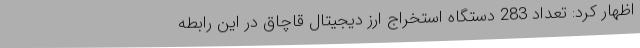
اظهار کرد: تعداد 283 دستگاه استخراج ارز دیجیتال قاچاق در این رابطه